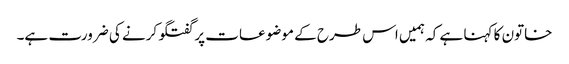
خاتون کا کہنا ہے کہ ہمیں اس طرح کے موضوعات پر گفتگو کرنے کی ضرورت ہے۔